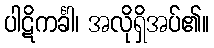
ပါဋိကင်္ခါ၊ အလိုရှိအပ်၏။